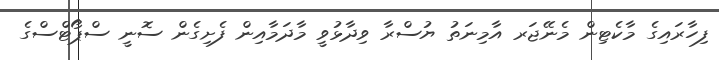
ފިހާރައިގެ މާކެޓިން މެނޭޖަރ އާމިނަތު ޔުސްރާ ވިދާޅުވީ މާދަމާއިން ފެށިގެން ސޮނީ ސްޕޯޓްސްގެ